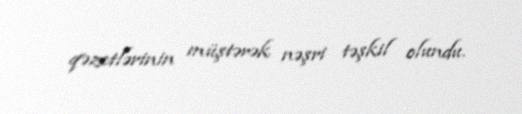
qəzetlərinin müştərək nəşri təşkil olundu.